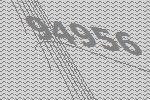
94956